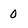
Character: 0